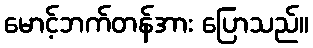
မောင့်ဘက်တန်အား ပြောသည်။